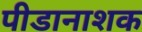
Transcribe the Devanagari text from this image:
पीडानाशक